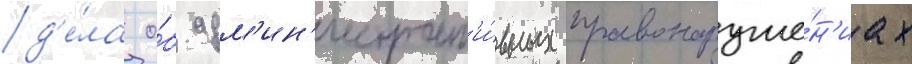
д'е́ла о́б адм'ин'истрат'и́вных правонаруше́н'иах